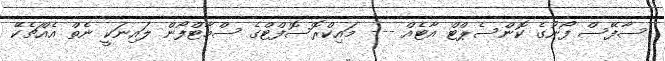
ސާފޭސް ފޯނުގެ ކޮންސެޕްޓް އާޓެއް --- މައިކްރޮސޮފްޓްގެ ސްމާޓްފޯން ލައިނަކީ ނެތް އެއްޗެކޭ